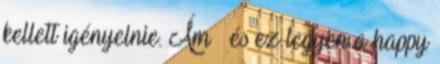
kellett igényelnie. Ám – és ez legyen a happy